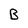
Character: B